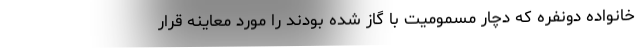
خانواده دونفره که دچار مسمومیت با گاز شده بودند را مورد معاینه قرار